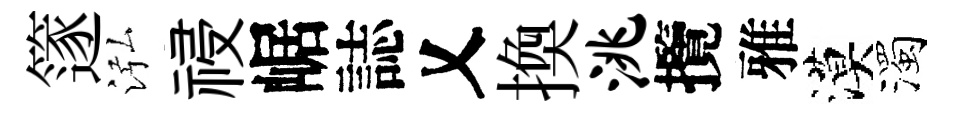
篴泓祲崌誌乂換洮攬雅漠濁